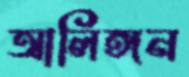
আলিঙ্গন